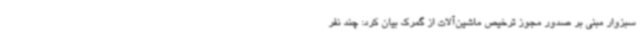
سبزوار مبنی بر صدور مجوز ترخیص ماشین‌آلات از گمرک بیان کرد: چند نفر